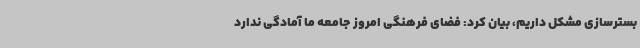
بسترسازی مشکل داریم، بیان کرد: فضای فرهنگی امروز جامعه ما آمادگی ندارد